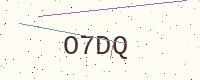
Text: O7DQ